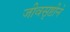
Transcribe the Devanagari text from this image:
जीवसृष्टीने